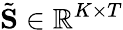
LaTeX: \tilde{\mathbf S}\in\mathbb{R}^{K\times T}